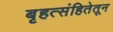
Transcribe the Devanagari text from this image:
बृहत्संहितेतून